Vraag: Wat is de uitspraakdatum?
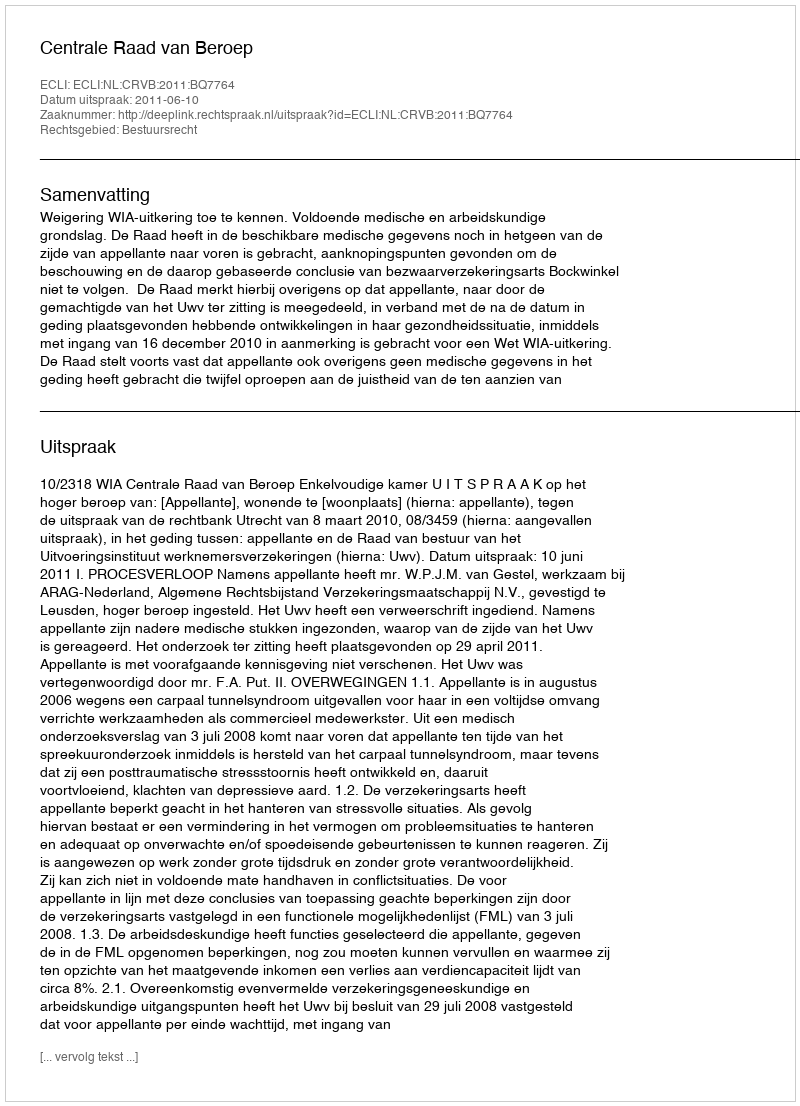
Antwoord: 2011-06-10